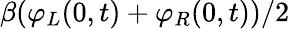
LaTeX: \beta(\varphi_{L}(0,t)+\varphi_{R}(0,t))/2